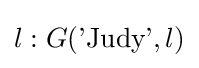
{l:G({\text{'Judy'}},l)}